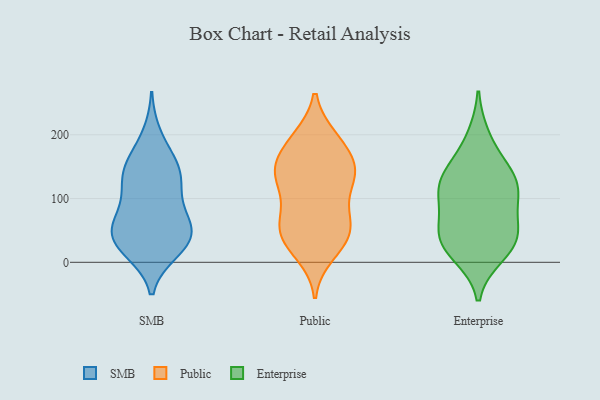
{"axis": {"x": "Population (Million)", "y": "Value"}, "legend": ["Enterprise", "Public", "SMB"], "data": [{"x": "", "y": 17, "type": "SMB"}, {"x": "", "y": 111, "type": "SMB"}, {"x": "", "y": 56, "type": "SMB"}, {"x": "", "y": 200, "type": "SMB"}, {"x": "", "y": 33, "type": "SMB"}, {"x": "", "y": 153, "type": "SMB"}, {"x": "", "y": 126, "type": "SMB"}, {"x": "", "y": 23, "type": "SMB"}, {"x": "", "y": 141, "type": "SMB"}, {"x": "", "y": 145, "type": "SMB"}, {"x": "", "y": 45, "type": "SMB"}, {"x": "", "y": 108, "type": "SMB"}, {"x": "", "y": 71, "type": "SMB"}, {"x": "", "y": 53, "type": "SMB"}, {"x": "", "y": 19, "type": "SMB"}, {"x": "", "y": 67, "type": "SMB"}, {"x": "", "y": 48, "type": "SMB"}, {"x": "", "y": 162, "type": "SMB"}, {"x": "", "y": 87, "type": "Public"}, {"x": "", "y": 149, "type": "Public"}, {"x": "", "y": 159, "type": "Public"}, {"x": "", "y": 136, "type": "Public"}, {"x": "", "y": 192, "type": "Public"}, {"x": "", "y": 122, "type": "Public"}, {"x": "", "y": 48, "type": "Public"}, {"x": "", "y": 133, "type": "Public"}, {"x": "", "y": 47, "type": "Public"}, {"x": "", "y": 195, "type": "Public"}, {"x": "", "y": 193, "type": "Public"}, {"x": "", "y": 126, "type": "Public"}, {"x": "", "y": 143, "type": "Public"}, {"x": "", "y": 73, "type": "Public"}, {"x": "", "y": 62, "type": "Public"}, {"x": "", "y": 57, "type": "Public"}, {"x": "", "y": 161, "type": "Public"}, {"x": "", "y": 29, "type": "Public"}, {"x": "", "y": 13, "type": "Public"}, {"x": "", "y": 31, "type": "Public"}, {"x": "", "y": 147, "type": "Enterprise"}, {"x": "", "y": 196, "type": "Enterprise"}, {"x": "", "y": 146, "type": "Enterprise"}, {"x": "", "y": 114, "type": "Enterprise"}, {"x": "", "y": 42, "type": "Enterprise"}, {"x": "", "y": 23, "type": "Enterprise"}, {"x": "", "y": 31, "type": "Enterprise"}, {"x": "", "y": 113, "type": "Enterprise"}, {"x": "", "y": 52, "type": "Enterprise"}, {"x": "", "y": 59, "type": "Enterprise"}, {"x": "", "y": 12, "type": "Enterprise"}, {"x": "", "y": 118, "type": "Enterprise"}, {"x": "", "y": 102, "type": "Enterprise"}]}